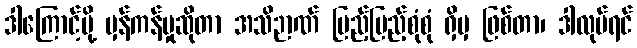
ဒါကြောင့်မို့ မှန်ကန်မှုဆိုတာ အသိဉာဏ် ပြည့်ပြည့်စုံစုံ ရှိမှ ဖြစ်တာ၊ ဒါလုပ်ရင်